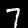
Label: 7